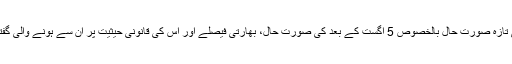
مقبوضہ کشمیر کی تازہ صورتِ حال بالخصوص 5 اگست کے بعد کی صورتِ حال، بھارتی فیصلے اور اس کی قانونی حیثیت پر ان سے ہونے والی گفتگو نذرِ قارئین ہے۔